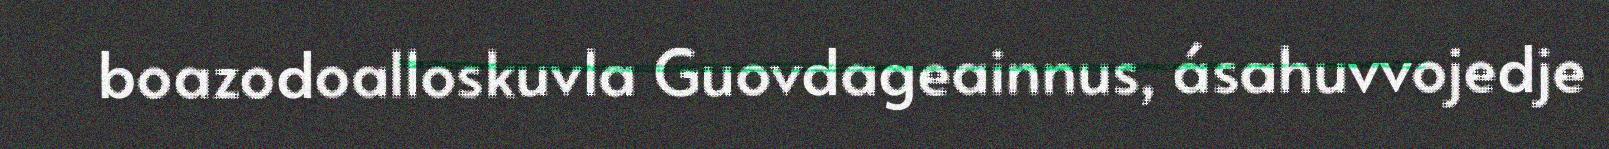
boazodoalloskuvla Guovdageainnus, ásahuvvojedje